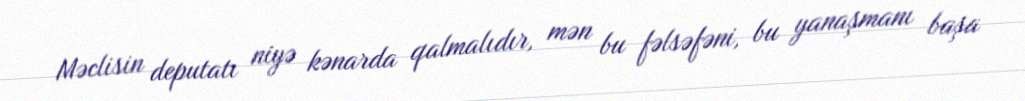
Məclisin deputatı niyə kənarda qalmalıdır, mən bu fəlsəfəni, bu yanaşmanı başa